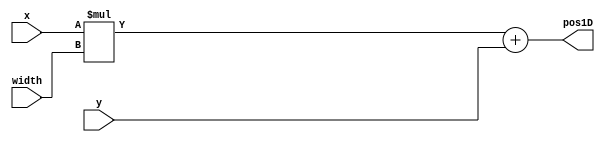
`timescale 1ns / 1ps
//////////////////////////////////////////////////////////////////////////////////
// Company: 
// Engineer: 
// 
// Design Name: 
// Module Name: map_to_1D
// Project Name: 
// Target Devices: 
// Tool Versions: 
// Description: 
// 
// Dependencies: 
// 
// Revision:
// Revision 0.01 - File Created
// Additional Comments:
// 
//////////////////////////////////////////////////////////////////////////////////


module map_to_1D( x,y, width, pos1D );
    input [7:0] x,y, width; //x,y can be at most 64, so need 7 bits to represent
    output reg [13:0]  pos1D ; //max output is (64 * 64) + 64, so need 13 bits to represent
    //'wire' and 'reg' are in unsigned-format by default. 
    always @(*) begin 
        pos1D = x*width + y;
    end
endmodule